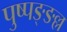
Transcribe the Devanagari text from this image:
पुष्पङ्ङल्ल